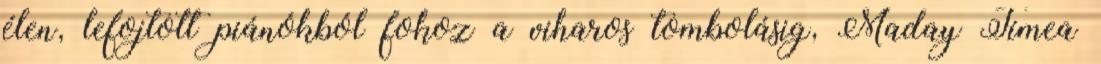
élen, lefojtott piánókból fokoz a viharos tombolásig, Maday Tímea